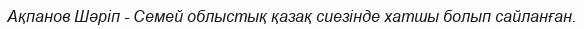
Ақпанов Шәріп - Семей облыстық қазақ сиезінде хатшы болып сайланған.